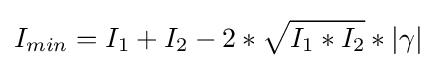
I_{min}=I_{1}+I_{2}-2*{\sqrt {I_{1}*I_{2}}}*|\gamma |